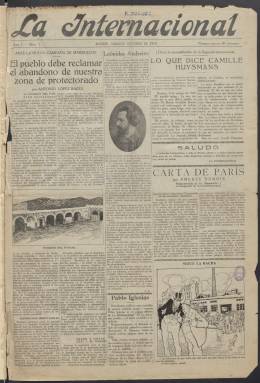
Título: La Internacional (Madrid)
Colección: Periódicos
Ámbito geográfico: Madrid
Lugar de publicación: Madrid
Fechas: 18/10/1919-27/08/1920